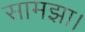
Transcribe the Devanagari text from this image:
सामझा।